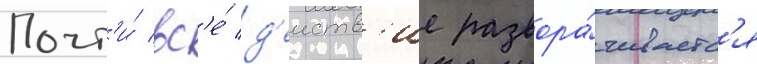
Почт'и́ вс'е́ д'еиств'ие развора́чиваетс'я